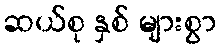
ဆယ်စု နှစ် များစွာ